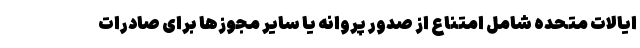
ایالات متحده شامل امتناع از صدور پروانه یا سایر مجوزها برای صادرات